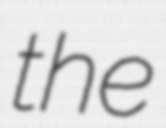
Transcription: the